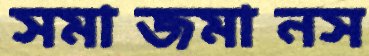
সমাজমানস